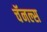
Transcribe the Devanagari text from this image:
चॅनल्स